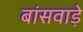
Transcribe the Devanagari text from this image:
बांसवाड़े